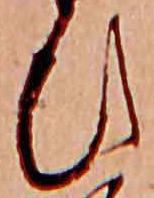
ひ